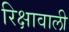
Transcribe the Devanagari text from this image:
रिक्षावाली